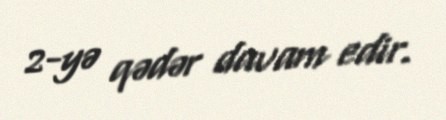
2-yə qədər davam edir.